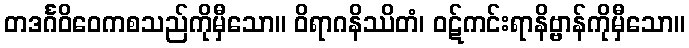
တဒင်္ဂဝိဝေကစသည်ကိုမှီသော။ ဝိရာဂနိဿိတံ၊ ဝဋ်ကင်းရာနိဗ္ဗာန်ကိုမှီသော။